Civil Veterinary Department. Madras. Admin. report 1926-33 - 1926-1933
Year: 1926
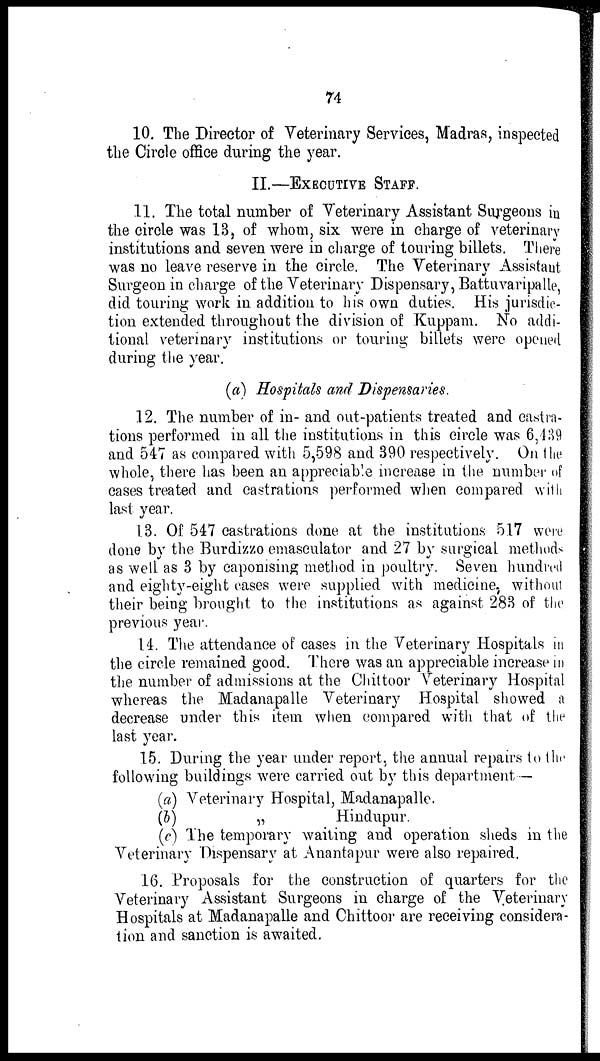
74
10. The Director of Veterinary Services, Madras, inspected
the Circle office during the year.
II.—EXECUTIVE STAFF.
11. The total number of Veterinary Assistant Surgeons in
the circle was 13, of whom, six were in charge of veterinary
institutions and seven were in charge of touring billets. There
was no leave reserve in the circle. The Veterinary Assistant
Surgeon in charge of the Veterinary Dispensary, Battuvaripalle,
did touring work in addition to his own duties. His jurisdic-
tion extended throughout the division of Kuppam. No addi-
tional veterinary institutions or touring billets were opened
during the year.
(a) Hospitals and Dispensaries.
12. The number of in- and out-patients treated and castra-
tions performed in all the institutions in this circle was 6,439
and 547 as compared with 5,598 and 390 respectively. On the
whole, there has been an appreciable increase in the number of
cases treated and castrations performed when compared with
last year.
13. Of 547 castrations done at the institutions 517 were
done by the Burdizzo emasculator and 27 by surgical methods
as well as 3 by caponising method in poultry. Seven hundred
and eighty-eight cases were supplied with medicine, without
their being brought to the institutions as against 283 of the
previous year.
14. The attendance of cases in the Veterinary Hospitals in
the circle remained good. There was an appreciable increase in
the number of admissions at the Chittoor Veterinary Hospital
whereas the Madanapalle Veterinary Hospital showed a
decrease under this item when compared with that of the
last year.
15. During the year under report, the annual repairs to the
following buildings were carried out by this department—
(a)
(b)
(c)
Veterinary Hospital, Madanapalle.
„
Hindupur.
The temporary waiting and operation sheds in the
Veterinary Dispensary at Anantapur were also repaired.
16. Proposals for the construction of quarters for the
Veterinary Assistant Surgeons in charge of the Veterinary
Hospitals at Madanapalle and Chittoor are receiving considera-
tion and sanction is awaited.